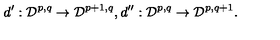
d ^ { \prime } : { \cal D } ^ { p , q } \rightarrow { \cal D } ^ { p + 1 , q } , d ^ { \prime \prime } : { \cal D } ^ { p , q } \rightarrow { \cal D } ^ { p , q + 1 } .